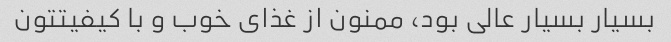
بسیار بسیار عالی بود، ممنون از غذای خوب و با کیفیتتون